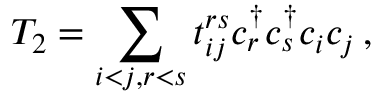
T _ { 2 } = \sum _ { i < j , r < s } t _ { i j } ^ { r s } c _ { r } ^ { \dagger } c _ { s } ^ { \dagger } c _ { i } c _ { j } \, ,